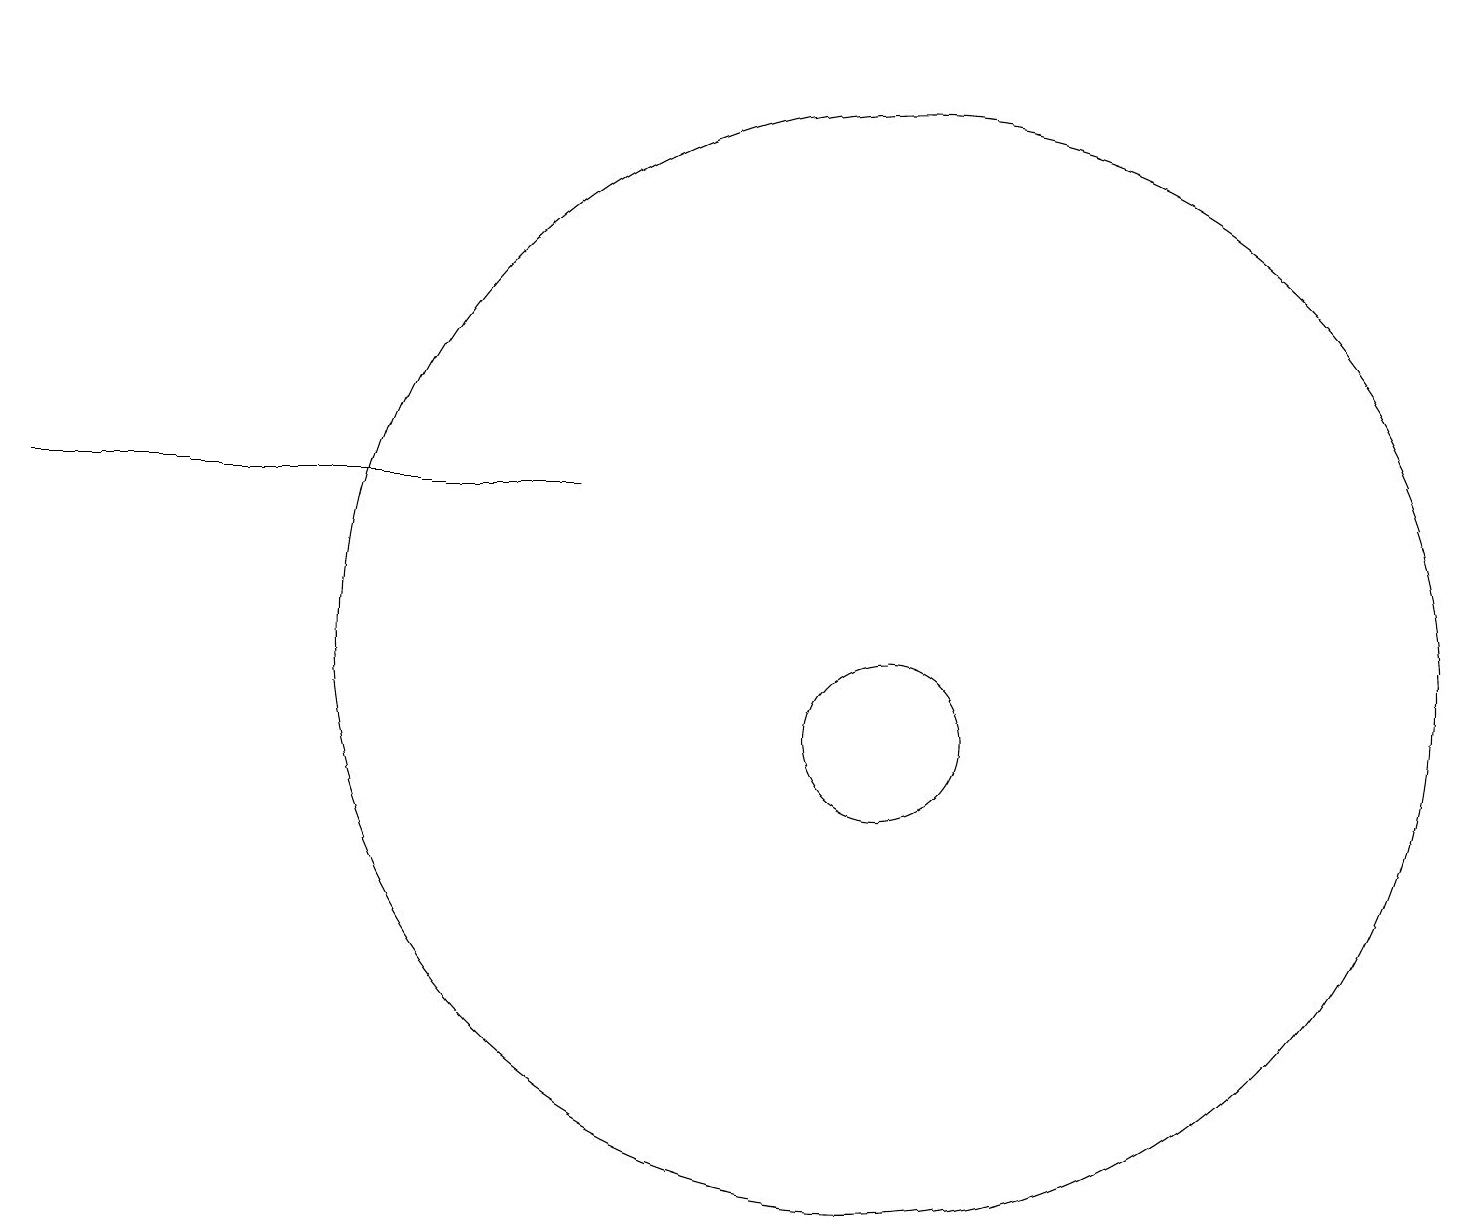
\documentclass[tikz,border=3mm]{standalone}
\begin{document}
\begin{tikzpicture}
\draw (11,10) circle (1);
\draw (0,13) rectangle (7,13);
\draw (11,11) circle (7);
\draw[->] (2,19) -- (0,19);
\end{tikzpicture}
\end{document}